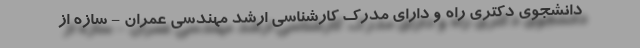
دانشجوی دکتری راه و دارای مدرک کارشناسی ارشد مهندسی عمران - سازه از